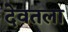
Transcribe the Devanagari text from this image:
देवतला